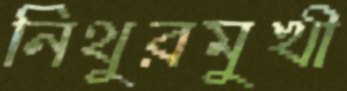
নিথুরমুখী